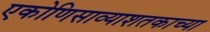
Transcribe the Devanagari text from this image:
एकोणिसाव्याशतकाच्या